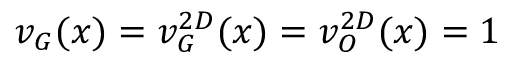
v _ { G } ( x ) = v _ { G } ^ { 2 D } ( x ) = v _ { O } ^ { 2 D } ( x ) = 1